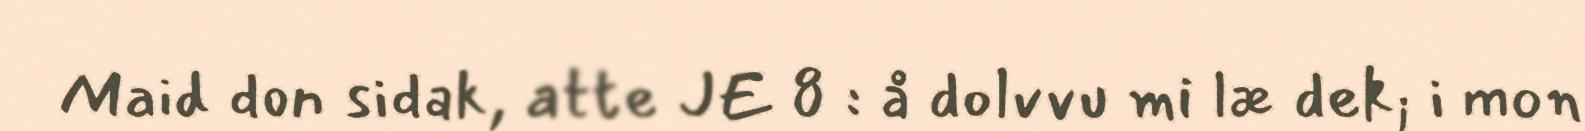
Maid don sidak, atte JE 8 : å dolvvu mi læ dek; i mon